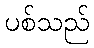
ပစ်သည်